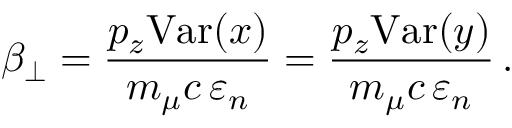
\beta _ { \perp } = \frac { p _ { z } \mathrm { V a r } ( x ) } { m _ { \mu } c \, \varepsilon _ { n } } = \frac { p _ { z } \mathrm { V a r } ( y ) } { m _ { \mu } c \, \varepsilon _ { n } } \, .